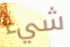
شيء